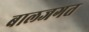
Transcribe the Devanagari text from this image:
बालजगत